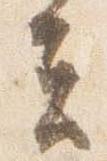
夫